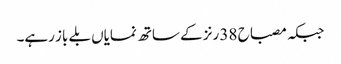
جبکہ مصباح 38 رنز کے ساتھ نمایاں بلے باز رہے۔